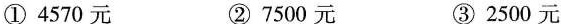
①4570元 ②7500元 ③2500元